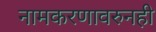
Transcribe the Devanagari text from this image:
नामकरणावरुनही